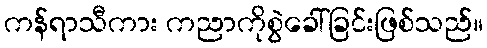
ကန်ရာသီကား ကညာကိုစွဲခေါ်ခြင်းဖြစ်သည်။